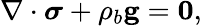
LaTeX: \nabla\cdot\boldsymbol{\sigma}+\rho_{b}\mathbf{g}=\mathbf{0},